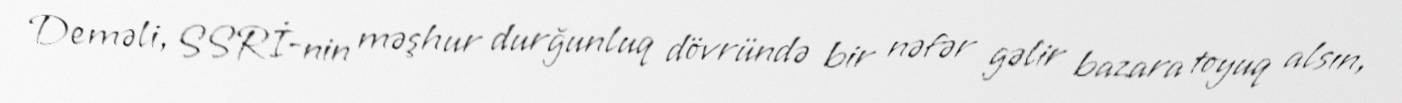
Deməli, SSRİ-nin məşhur durğunluq dövründə bir nəfər gəlir bazara toyuq alsın,